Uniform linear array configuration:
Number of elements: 16
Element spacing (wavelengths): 0.75
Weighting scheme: cosine
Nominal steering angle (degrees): -45
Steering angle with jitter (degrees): -46.229
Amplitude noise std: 0.05
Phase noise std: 0.05

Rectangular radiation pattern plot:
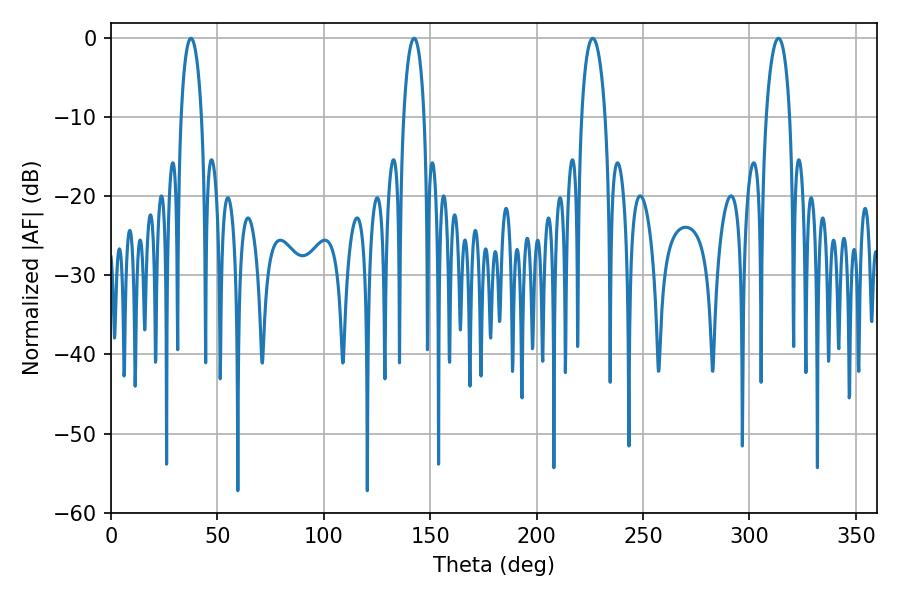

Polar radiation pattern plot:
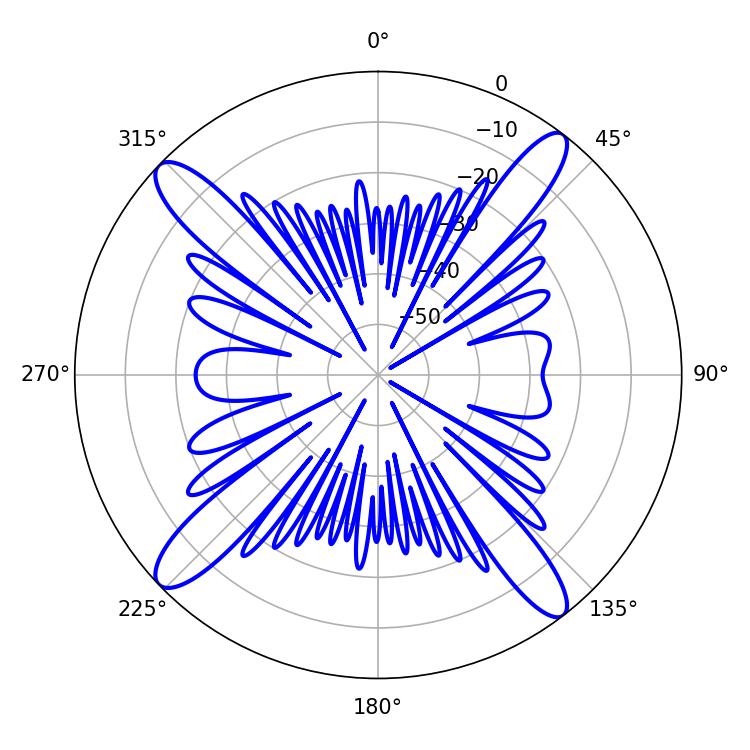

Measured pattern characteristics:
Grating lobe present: TRUE
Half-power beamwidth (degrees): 5.4
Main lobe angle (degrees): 37.62